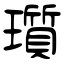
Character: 瓆